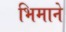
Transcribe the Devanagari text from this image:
भिमाने